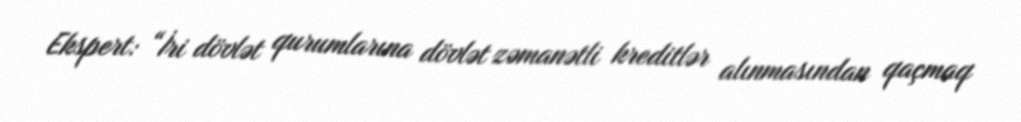
Ekspert: “İri dövlət qurumlarına dövlət zəmanətli kreditlər alınmasından qaçmaq